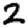
Digit: 2